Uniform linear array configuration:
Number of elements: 64
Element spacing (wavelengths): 1
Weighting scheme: cosine
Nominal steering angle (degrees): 0
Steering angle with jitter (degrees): -0.6565
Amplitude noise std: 0.05
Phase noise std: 0.05

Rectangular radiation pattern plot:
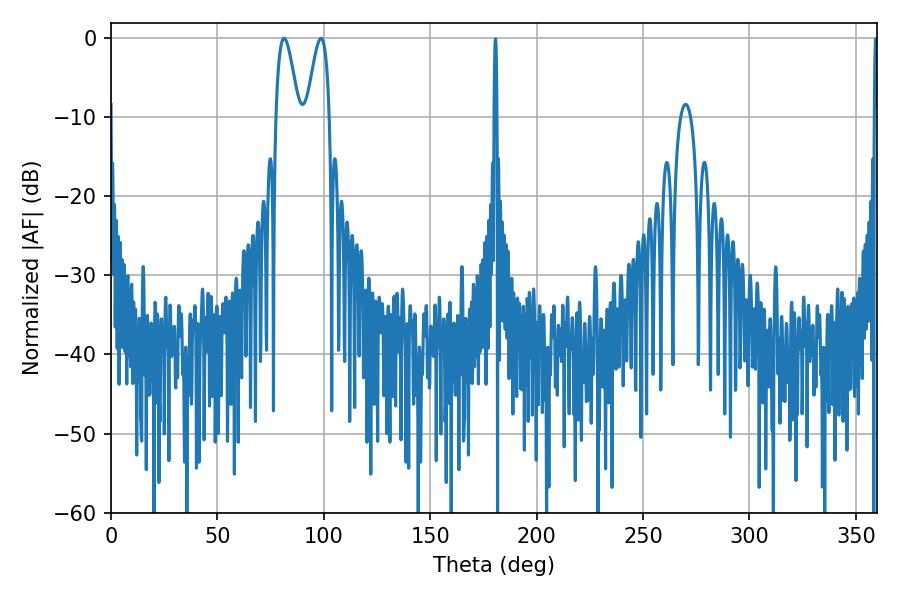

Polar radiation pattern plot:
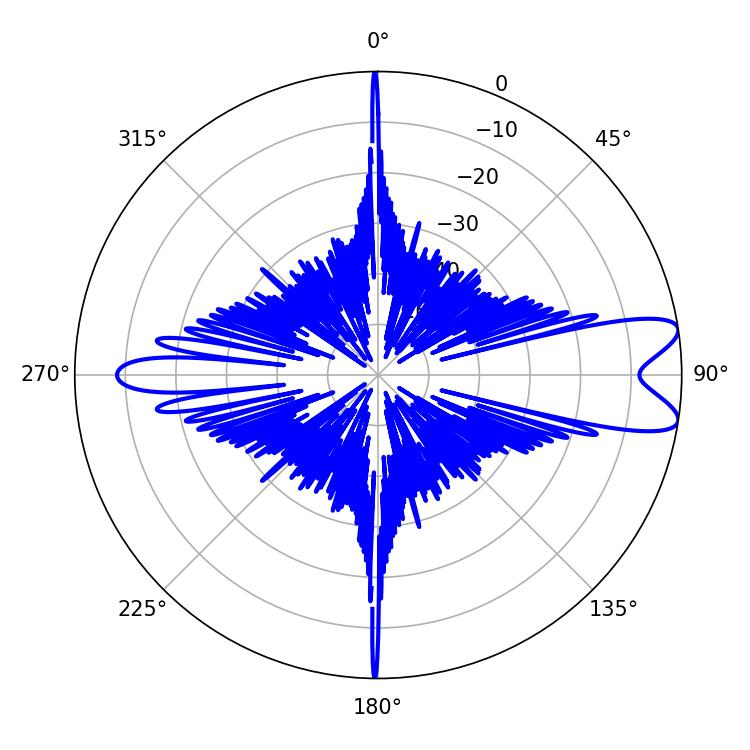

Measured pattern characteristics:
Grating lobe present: TRUE
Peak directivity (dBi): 9.841
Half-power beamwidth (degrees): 5.76
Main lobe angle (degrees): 98.64